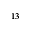
^ { 1 3 }